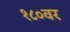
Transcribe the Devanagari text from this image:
१८०वर